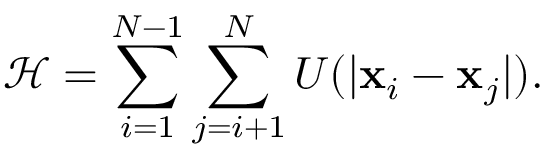
\mathcal { H } = \sum _ { i = 1 } ^ { N - 1 } \sum _ { j = i + 1 } ^ { N } U ( | \mathbf x _ { i } - \mathbf x _ { j } | ) .